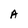
Character: A